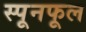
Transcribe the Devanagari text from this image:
स्पूनफूल